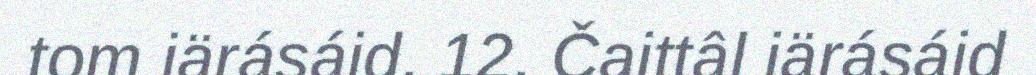
tom iärásáid. 12. Čaittâl iärásáid